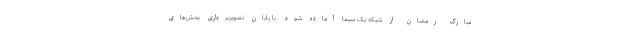
مبارک رمضان از شبکه یک سیما آماده شود. با پایان تصویربرداری بخش‌های